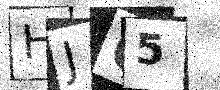
Text: HJ65